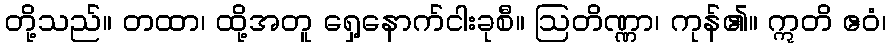
တို့သည်။ တထာ၊ ထို့အတူ ရှေ့နောက်ငါးခုစီ။ ဩတိဏ္ဏာ၊ ကုန်၏။ ဣတိ ဧဝံ၊